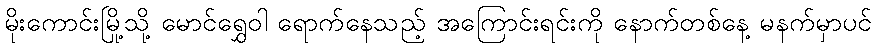
မိုးကောင်းမြို့သို့ မောင်ရွှေဝါ ရောက်နေသည့် အကြောင်းရင်းကို နောက်တစ်နေ့ မနက်မှာပင်